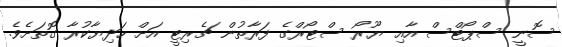
ސޮނީ ސްޕޯޓްސް އާއި ޔޫރޯ ސްޓޯރްގެ ފަރާތުން ޗެރިޓީ އަށް ހަދިޔާކުރާ ގޮތަށެވެ.